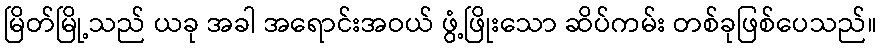
မြိတ်မြို့သည် ယခု အခါ အရောင်းအဝယ် ဖွံ့ဖြိုးသော ဆိပ်ကမ်း တစ်ခုဖြစ်ပေသည်။